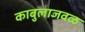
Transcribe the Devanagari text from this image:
काबुलाजवळ